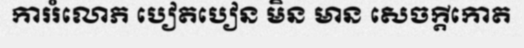
ការរំលោភ បៀតបៀន មិន មាន សេចក្តីកោត